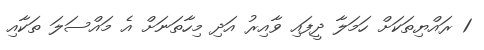
1 ރައްޔިތަކަށް ހަމަލާ ދީފައި ވާއިރު އަދި މިހާތަނަށް އެ މައްސަލަ ތަކާއި